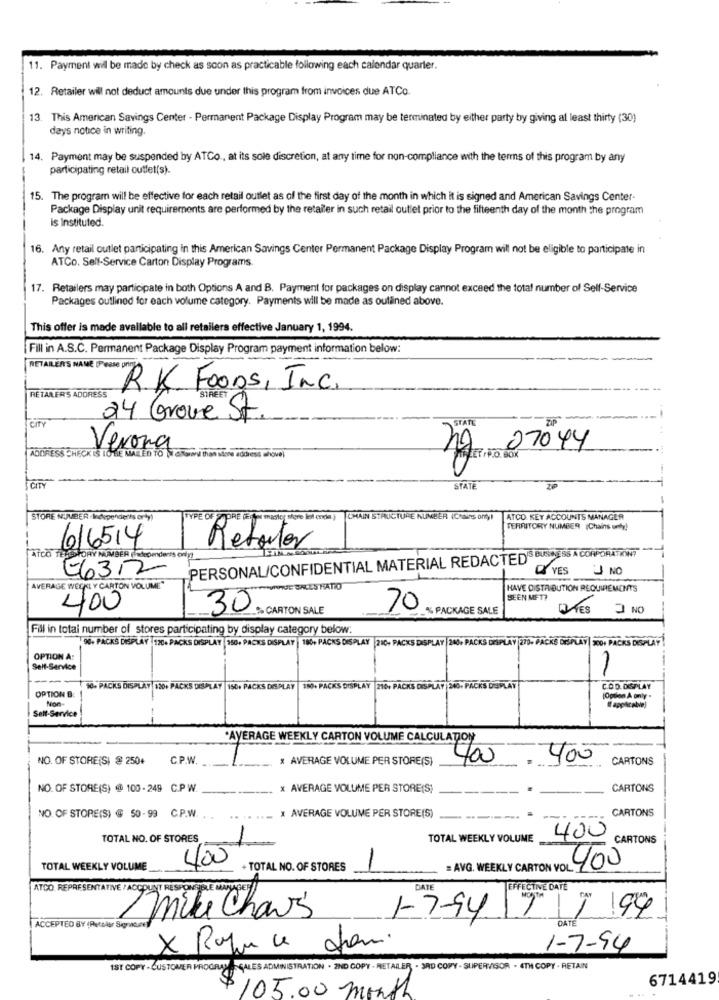
11. Payment wil be made by check as soon as practicable following each calendar quarter.
12. Retailer will not deduct amounts due under this program from invoices due ATCo.
13. This American Savings Center - Permanent Package Display Program may be terminated by either party by giving al least thirty (30)
days notice in writing.
14. Payment may be suspended by ATCo ., at its sole discretion, at any time for non-compliance with the terms of this program by any
participating retail outfet(s).
15. The program will be effective for each retail outlet as of the first day of the month in which it is signed and American Savings Center-
Package Display unit requirements are performed by the retailer in such retail outlet prior to the fifteenth day of the month the program
is Instituted.
16. Anty retail outlet participating in this American Savings Center Permanent Package Display Program will not be eligible to participate in
ATCo. Self-Service Carton Display Programs.
17. Retailers may participate in both Options A and B. Payment for packages on display cannot exceed the total number of Self-Service
Packages outlined for each volume category. Payments will be made as outlined above.
This offer is made available to all retailers effective January 1, 1994.
Fill in A.S.C. Permanent Package Display Program payment information below:
RETAILERS NAME [Please pring
R.K. Foons, Inc.
RETARER'S ADDRESS
STREET
CITY
24 Grove St.
STATE
-
Verona
20 07044
ADDRESS CHECK IS TOME MAILED TO
e address shovel
CITY
STATE
STORE NUMBER Independents orty)
TYPE OF
CHAIN STRUCTURE NUMBER (Chains ony!
ATCD KEY ACCOUNTS MANAGER
PRE FE
TERRITORY NUMBER (Chains unty!
616514
Retorter
LATOO TERRITORY NUMBER Independents
PERSONAL/CONFIDENTIAL MATERIAL REDACTED'S BUSCESS A CORPORATIONT
E632
YES UNO
AVERAGE WECKL Y CARTON VOLUME"
ES HATIO
HAVE DISTRIBUTION REQUIREMENTS
SEEN MET?
400
30
CARTON SALE
70
PACKAGE SALE
DIES 3 NO
Fill in total number of stores participating by display category below:
90- PACKS DISPLAY 120- PACKS DISPLAY 350- PACKS DISPLAY 180- PACKS DISPLAY 216- PACKS DISPLAY | 240+ PACKS DISPLAY 270- PACKS DISPLAY | 500+ PACKS DISPLAY
OPTION A:
Self-Service
--
OPTION B:
10. PACKS DISPLAY 120+ PACKS DISPLAY 150. PACKS DISPLAY | 180- PACKS DISPLAY |2104 PACKS DISPLAY 200. PACKS DISPLAY
COD. DISPLAY
Non-
Self-Service
*AVERAGE WEEKLY CARTON VOLUME CALCULATION
NO. OF STORE(S) @ 250+
CP.W.
* AVERAGE VOLUME PER STORE(S)
400
400
CARTONS
NO. OF STORE(S) @ 100 - 249 C.P W.
X AVERAGE VOLUME PER STORE(S)
CARTONS
CARTONS
NO OF STORE(S) @ 50-99 C.P.W. ..
X AVERAGE VOLUME PER STORE(S)
400
TOTAL NO. OF STORES
TOTAL WEEKLY VOLUME
CARTONS
400
TOTAL WEEKLY VOLUME
+ TOTAL NO. OF STORES
= AVG. WEEKLY CARTON VOL 400
DATE
EFFECTIVE DATE
1-7-94
7/199
mike Chavs
DATE
ACCEPTED BY ( Petslar Signature)
1-7-94
IST COPY - CUSTOMER PROGRAMA> SALES ADMINISTRATION . 2ND COPY - RETAILER . 3RD COPY - SUPERVISOR . 4TH COPY - RETAIN
6714419
105.00 month